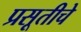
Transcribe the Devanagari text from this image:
प्रसूतीचे